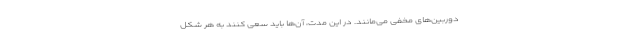
دوربین‌های مخفی می‌مانند. در این مدت، آن‌ها باید سعی کنند به هر شکل